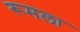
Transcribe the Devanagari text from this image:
रूमला